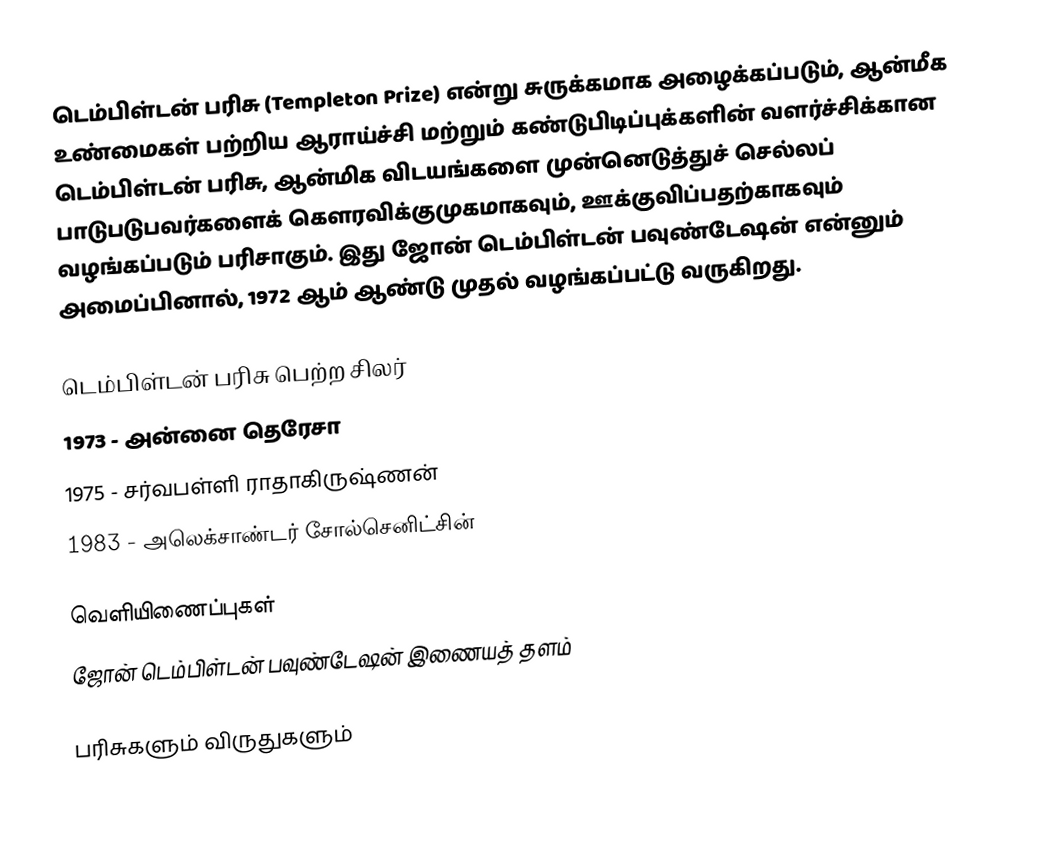
டெம்பிள்டன் பரிசு (Templeton Prize) என்று சுருக்கமாக அழைக்கப்படும், ஆன்மீக உண்மைகள் பற்றிய ஆராய்ச்சி மற்றும் கண்டுபிடிப்புக்களின் வளர்ச்சிக்கான டெம்பிள்டன் பரிசு, ஆன்மிக விடயங்களை முன்னெடுத்துச் செல்லப் பாடுபடுபவர்களைக் கௌரவிக்குமுகமாகவும், ஊக்குவிப்பதற்காகவும் வழங்கப்படும் பரிசாகும். இது ஜோன் டெம்பிள்டன் பவுண்டேஷன் என்னும் அமைப்பினால், 1972 ஆம் ஆண்டு முதல் வழங்கப்பட்டு வருகிறது.

டெம்பிள்டன் பரிசு பெற்ற சிலர்
1973 - அன்னை தெரேசா
1975 - சர்வபள்ளி ராதாகிருஷ்ணன்
1983 - அலெக்சாண்டர் சோல்செனிட்சின்

வெளியிணைப்புகள்
 ஜோன் டெம்பிள்டன் பவுண்டேஷன் இணையத் தளம்

பரிசுகளும் விருதுகளும்